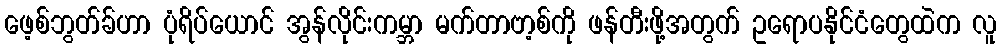
ဖေ့စ်ဘွတ်ခ်ဟာ ပုံရိပ်ယောင် အွန်လိုင်းကမ္ဘာ မက်တာဗာ့စ်ကို ဖန်တီးဖို့အတွက် ဥရောပနိုင်ငံတွေထဲက လူ